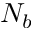
N _ { b }